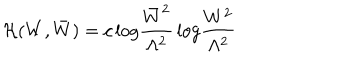
{ \cal H } ( W , \bar { W } ) = c \, \mathrm { l o g } \frac { \bar { W } ^ { 2 } } { \Lambda ^ { 2 } } \, \mathrm { l o g } \frac { W ^ { 2 } } { \Lambda ^ { 2 } }